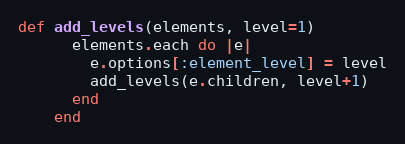
Language: Ruby
def add_levels(elements, level=1)
      elements.each do |e|
        e.options[:element_level] = level
        add_levels(e.children, level+1)
      end
    end